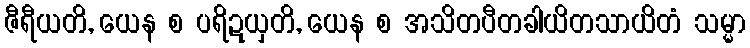
ဇီရီယတိ, ယေန စ ပရိဍယှတိ, ယေန စ အသိတပီတခါယိတသာယိတံ သမ္မာ